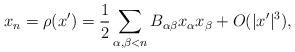
LaTeX: \begin{align*}x_n = \rho (x') = \frac{1}{2} \sum_{\alpha, \beta < n} B_{\alpha\beta} x_\alpha x_\beta + O (|x'|^3),\end{align*}